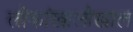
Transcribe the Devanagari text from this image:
लोकांखालोखाल